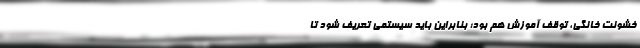
خشونت خانگی، توقف آموزش هم بود؛ بنابراین باید سیستمی تعریف شود تا